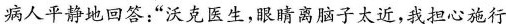
病人平静地回答：”沃克医生，眼睛离脑子太近，我担心施行